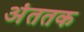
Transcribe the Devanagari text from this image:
अंततक